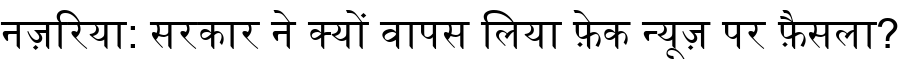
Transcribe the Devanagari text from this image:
नज़रिया: सरकार ने क्यों वापस लिया फ़ेक न्यूज़ पर फ़ैसला?